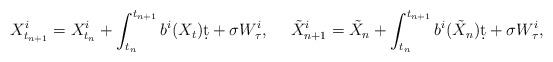
\begin{align*}X_{t_{n+1}}^i = X_{t_n}^i + \int_{t_n}^{t_{n+1}}b^i(X_t)\d t + \sigma W_\tau^i, ~~~~\tilde X_{n+1}^i = \tilde X_n + \int_{t_n}^{t_{n+1}}b^i(\tilde X_n)\d t + \sigma W_\tau^i,\end{align*}